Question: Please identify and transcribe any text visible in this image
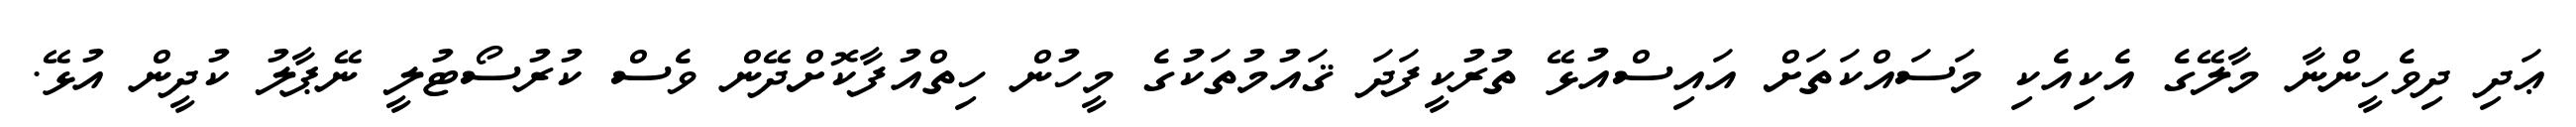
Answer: ޢަދި ދިވެހީންނާ މާލޭގެ އެކިއެކި މަސައްކަތަށް އައިސްއުޅޭ ތުރުކީފަދަ ޤައުމުތަކުގެ މީހުން ހިތްއުފާކޮށްދޭން ވެސް ކުރުސޯޓުލީ ނޭޕާލު ކުދީން އުޅޭ.